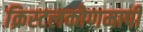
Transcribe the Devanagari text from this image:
क्रिस्टलकोणमापी